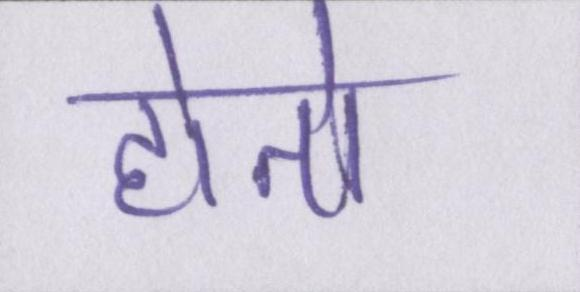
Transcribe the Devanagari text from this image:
होतो